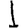
Digit: 1